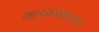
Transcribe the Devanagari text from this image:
रसायनशास्राच्या